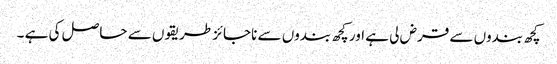
کچھ بندوں سے قرض لی ہے اور کچھ بندوں سے ناجائز طریقوں سے حاصل کی ہے ۔